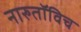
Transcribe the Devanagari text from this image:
नारुतॉविच